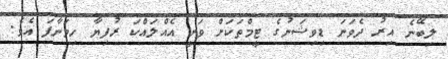
ލިބޭނެ އިރު ދެވަނަ ޑިވިޝަނުގެ ޓީމްތަކަށް ވަނީ އެއްލައްކަ ރުފިޔާ ހިމަނާފަ އެވެ.